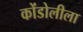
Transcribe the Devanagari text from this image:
कोंडोलीला